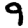
Digit: 9